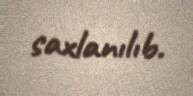
saxlanılıb.